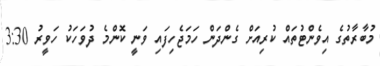
މުބާރާތުގެ އިވެންޓުތައް ކުރިއަށް ގެންދަން ހަމަޖެހިފައި ވަނީ ކޮންމެ ދުވަހަކު ހަވީރު 3:30